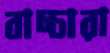
বাচ্চারা